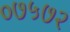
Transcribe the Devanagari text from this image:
०७५७२